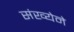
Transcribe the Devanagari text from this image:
संख्‍येने